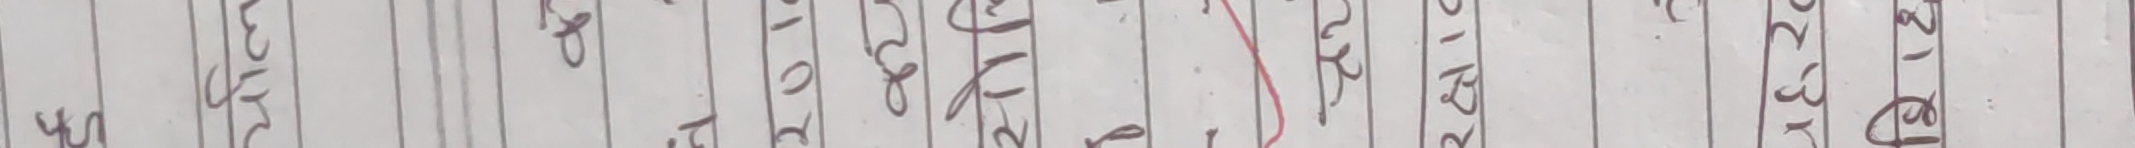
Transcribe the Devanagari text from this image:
झुम्ल अटोर पहाड २० खम राप्ती सिम्रे ढाडे २१३ गा